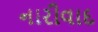
નારીવાદ